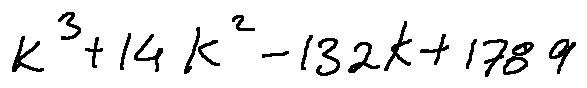
k ^ { 3 } + 1 4 k ^ { 2 } - 1 3 2 k + 1 7 8 9